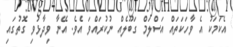
އެކަމަކު އެ ވާހަކަތައް އަސްލަމް ގަބޫލެއް ނުކުރައްވަ އެވެ. އޭނާ ވިދާޅުވި ގޮތުގައި